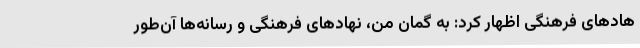
هادهای فرهنگی اظهار کرد: به گمان من، نهادهای فرهنگی و رسانه‌ها آن‌طور